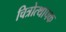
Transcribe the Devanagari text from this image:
चित्रोत्थापक